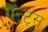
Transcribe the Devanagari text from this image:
ग्रॅन्ट्स